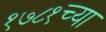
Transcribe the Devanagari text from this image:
१७८१च्या